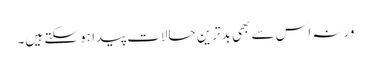
ورنہ اس سے بھی بدترین حالات پیدا ہو سکتے ہیں۔